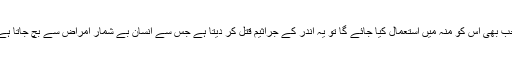
جب بھی اس کو منہ میں استعمال کیا جائے گا تو یہ اندر کے جراثیم قتل کر دیتا ہے جس سے انسان بے شمار امراض سے بچ جاتا ہے۔